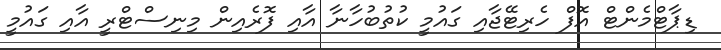
ޑިޕާޓްމެންޓް އޮފް ހެރިޓޭޖާއި ގައުމީ ކުތުބުހާނާ އާއި ފޮރެއިން މިނިސްޓްރީ އާއި ގައުމީ